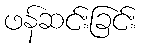
ဖန်ဆင်းခြင်း